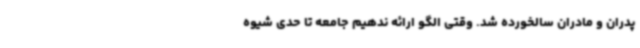
پدران و مادران سالخورده شد. وقتی الگو ارائه ندهیم جامعه تا حدی شیوه